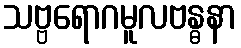
သဗ္ဗရောဂမူလဗန္ဓနာ